Annual report of the Madras Medical College
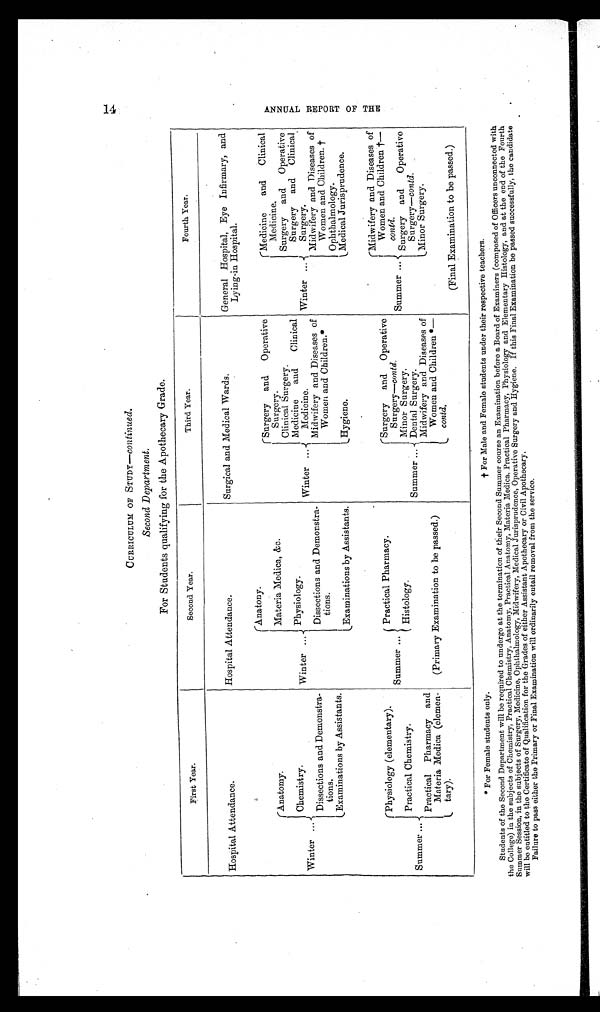
* For Female students only.
t For Male and Female students under their respective teachers.
CURRICULUM OF STUDY—continued.
Second Department.
For Students qualifying for the Apothecary Grade.
First Year.
Second Year.
Third Year.
Fourth Year.
Hospital Attendance.
Hospital Attendance.
Surgical and Medical Wards.
General Hospital, Eye Infirmary, and
Lying-in Hospital.
Winter ...
Anatomy.
Winter . . .
Anatony.
Winter ...
S u r g e r y
a n d
O p e r a t i v e
Surgery.
Winter ...
Medicine and Clinical
Medicine.
Materia Medica, &amp;c.
Clinical Surgery.
Surgery and Operative
Surgery and Clinical
Surgery.
Chemistry.
Physiology.
Medicine
and
Clinical
Medicine.
Dissections and Demonstra-
tions.
Dissections and Demonstra-
tions.
Midwifery and Diseases of
Women and Children.*
Midwifery and Diseases of
Women and Children. †
(Examinations by Assistants.
(Examinations by Assistants.
Ophthalmology.
(Hygiene.
(Medical Jurisprudence.
Summer ...
Physiology (elementary).
Summer ...
Practical Pharmacy.
Summer ...
Surgery and Operative
Surgery— contd.
Summer ...
Midwifery and Diseases of
Women and Children †—
contd.
Practical Chemistry.
Histology.
Minor Surgery.
Surgery and
Operative
Surgery— contd.
Practical Pharmacy and
Materia Medica (elemen-
tary).
Dental Surgery.
Midwifery and Diseases of
Women and Children *—
contd.
(Minor Surgery.
(Primary Examination to be passed.)
(Final Examination to be passed.)
14 A N N U A L R E P O R T O F T H E
Students of the Second Department will be required to undergo at the termination of their Second Summer course an Examination before a Board of Examiners (composed of Officers unconnected with
the College) in the subjects of Chemistry, Practical Chemistry, Anatomy, Practical Anatomy, Materia Medica, Practical Pharmacy, Physiology and Elementary Histology, and at the end of the Fourth
Summer Session, in the subjects of Surgery, Medicine, Ophthalmology, Midwifery, Medical Jurisprudence, Operative Surgery and Hygiene. If this Final Examination be passed successfully, the candidate
will be entitled to the Certificate of Qualification for the Grades of either Assistant Apothecary or Civil Apothecary.
Failure to pass either the Primary or Final Examination will ordinarily entail removal from the service.